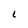
Character: 1